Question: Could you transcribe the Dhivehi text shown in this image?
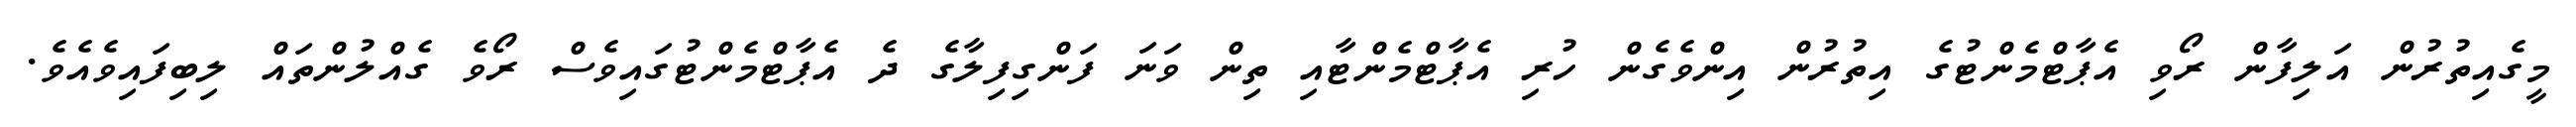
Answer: މީގެއިތުރުން އަލިފާން ރޯވި އެޕާޓްމެންޓުގެ އިތުރުން އިންވެގެން ހުރި އެޕާޓްމެންޓާއި ތިން ވަނަ ފަންގިފިލާގެ ދެ އެޕާޓްމެންޓުގައިވެސް ރޯވެ ގެއްލުންތައް ލިބިފައިވެއެވެ.